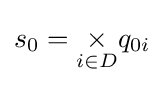
s_{0}={\underset {i\in D}{\times }}q_{0i}